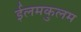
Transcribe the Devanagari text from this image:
ईलमकुलम